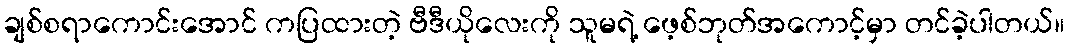
ချစ်စရာကောင်းအောင် ကပြထားတဲ့ ဗီဒီယိုလေးကို သူမရဲ့ ဖေ့စ်ဘုတ်အကောင့်မှာ တင်ခဲ့ပါတယ်။